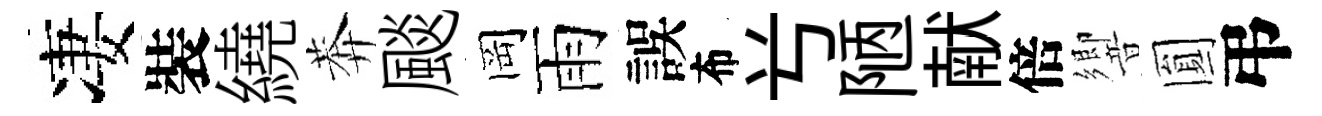
凄裝繞莾颷岡雨誤布𠔃陋献倍響圎弔